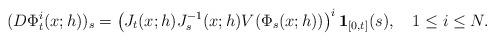
LaTeX: \begin{align*}(D\Phi_{t}^{i}(x;h))_{s}=\left(J_{t}(x;h)J_{s}^{-1}(x;h)V(\Phi_{s}(x;h))\right)^{i}\mathbf{1}_{[0,t]}(s),\ \ \ 1\leq i\leq N.\end{align*}